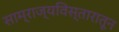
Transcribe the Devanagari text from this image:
साम्राज्यविस्तारातून